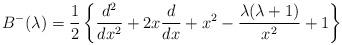
LaTeX: \begin{align*}B^{-}(\lambda) = {1\over 2}\left \{{d^{2}\over dx^2} +2x{d\over dx} + x^{2} - {\lambda (\lambda +1)\over x^{2}} + 1\right\}\end{align*}